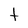
Character: t